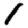
Digit: 1